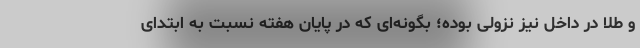
و طلا در داخل نیز نزولی بوده؛ بگونه‌ای که در پایان هفته نسبت به ابتدای